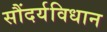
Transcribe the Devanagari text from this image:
सौंदर्यविधान